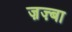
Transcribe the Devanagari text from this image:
ज़ज़्बा